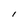
Character: 1